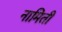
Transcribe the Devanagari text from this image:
नामिती